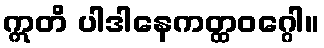
ဣတိ ပါဒါနေကတ္ထဝဂ္ဂေါ။